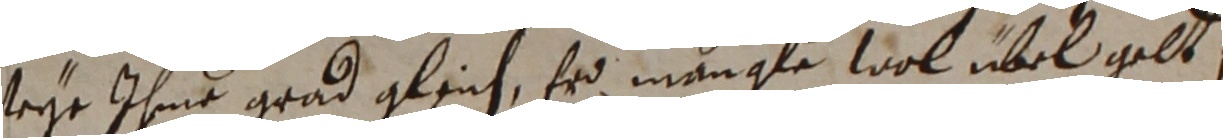
sege ihme grad gleich, er mangte wol übel gelt,